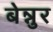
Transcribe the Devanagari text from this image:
बेन्नुर